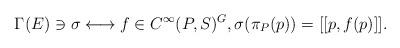
LaTeX: \begin{gather*}\Gamma(E)\ni\sigma\longleftrightarrow f\in C^{\infty}(P,S)^G,\sigma(\pi_P(p))=[[p,f(p)]].\end{gather*}